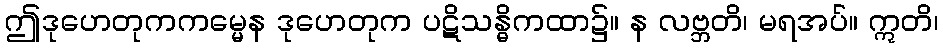
ဤဒုဟေတုကကမ္မေန ဒုဟေတုက ပဋိသန္ဓိကထာ၌။ န လဗ္ဘတိ၊ မရအပ်။ ဣတိ၊